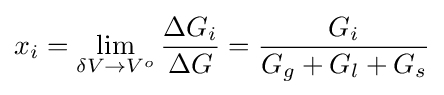
x_{i}=\lim \limits _{\delta V\rightarrow V^{o}}{\frac {\Delta G_{i}}{\Delta G}}={\frac {G_{i}}{G_{g}+G_{l}+G_{s}}}